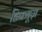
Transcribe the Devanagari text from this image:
डिफ्यूज़